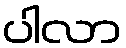
ပါလာ